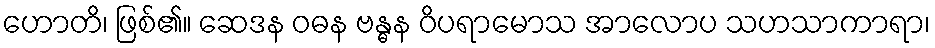
ဟောတိ၊ ဖြစ်၏။ ဆေဒန ဝဓန ဗန္ဓန ဝိပရာမောသ အာလောပ သဟသာကာရာ၊